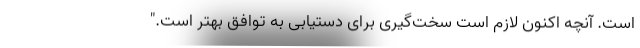
است. آنچه اکنون لازم است سخت‌گیری برای دستیابی به توافق بهتر است."